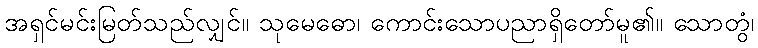
အရှင်မင်းမြတ်သည်လျှင်။ သုမေဓော၊ ကောင်းသောပညာရှိတော်မူ၏။ သောတွံ၊